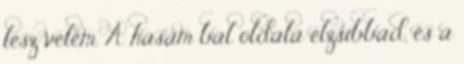
lesz velem. A hasam bal oldala elzsibbad, és a